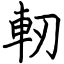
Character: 軔